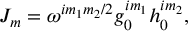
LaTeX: J _ { m } = \omega ^ { i m _ { 1 } m _ { 2 } / 2 } g _ { 0 } ^ { i m _ { 1 } } h _ { 0 } ^ { i m _ { 2 } } ,